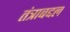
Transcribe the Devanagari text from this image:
तंत्राबद्दल